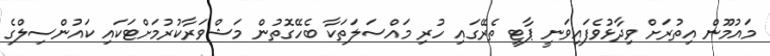
މައުމޫން އިތުރަށް ވިދާޅުވެފައިވަނީ ޕާޓީ ތެރޭގައި ހުރި މައްސަލަތަކާ ބެހޭގޮތުން މަޝްވަރާކުރުމަށްޓަކައި ކައުންސިލްގެ